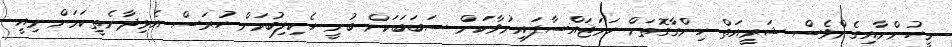
މީހުންނާއިގެންވެސް ޝަރީއަތް ހިންގާގޮތަށް ހަމަޖައްސާފައިނުވާކަން ސަބަބަކަށް ބުނީ ހެކިލިބުމަށް ހުރަސް އެޅިދާނެތީކަމަށް މިއީ